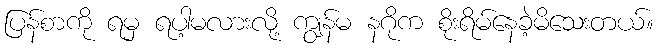
ပြန်စာကို ရမှ ရပါ့မလားလို့ ကျွန်မ နဂိုက စိုးရိမ်နေခဲ့မိသေးတယ်။